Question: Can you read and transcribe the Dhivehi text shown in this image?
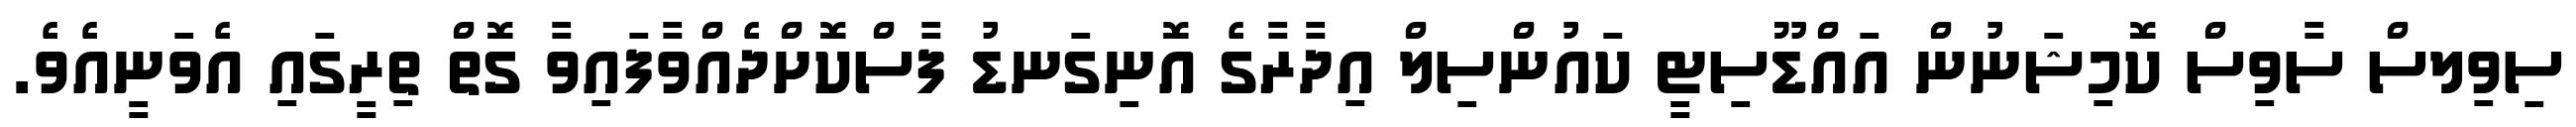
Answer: ސިވިލސް ސާވިސް ކޮމިޝަނުން އައްޑޫސިޓީ ކައުންސިލް އިދާރާގެ އޮނިގަނޑު ފާސްކޮށްދެއްވާފައިވާ ގޮތް ތިރީގައި އެވަނީއެވެ.